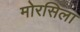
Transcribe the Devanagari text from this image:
मोरसिला